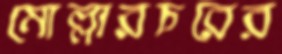
মোল্লারচরের